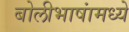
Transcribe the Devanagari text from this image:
बोलीभाषांमध्ये